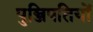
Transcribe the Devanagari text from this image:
पुञ्जिपतियों